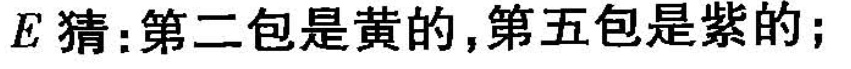
E猜：第二包是黄的，第五包是紫的；